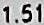
1.51